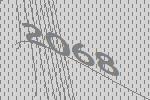
2068